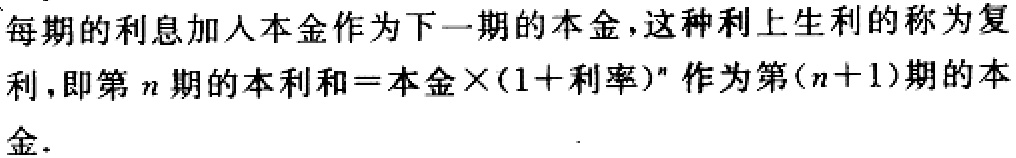
每期的利息加人本金作为下一期的本金，这种利上生利的称为复利，即第\(n\)期的本利和\(=\)本金\(\times(1 +\)利率\()^{n}\)作为第\((n + 1)\)期的本金.